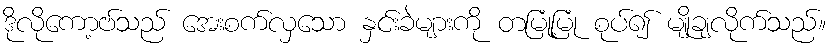
ဒိုလိုကော့ဗ်သည် အေးစက်လှသော နှင်းခဲများကို တမြုံ့မြုံ စုပ်၍ မျိုချလိုက်သည်။